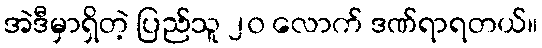
အဲဒီမှာရှိတဲ့ ပြည်သူ ၂၀ လောက် ဒဏ်ရာရတယ်။